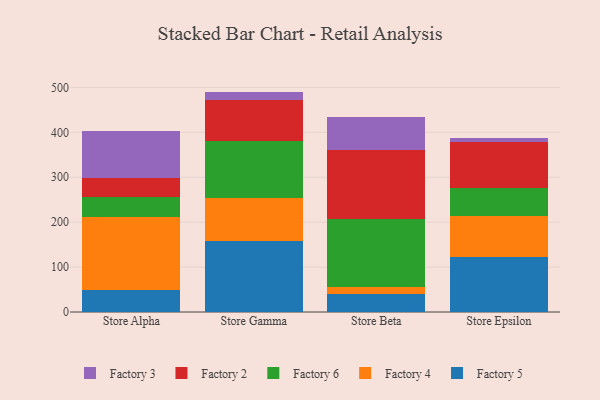
{"axis": {"x": "Store", "y": "Revenue (USD Million)"}, "legend": ["Factory 2", "Factory 3", "Factory 4", "Factory 5", "Factory 6"], "data": [{"x": "Store Alpha", "y": 48.0, "type": "Factory 5"}, {"x": "Store Alpha", "y": 163.0, "type": "Factory 4"}, {"x": "Store Alpha", "y": 45.5, "type": "Factory 6"}, {"x": "Store Alpha", "y": 41.6, "type": "Factory 2"}, {"x": "Store Alpha", "y": 105.8, "type": "Factory 3"}, {"x": "Store Gamma", "y": 158.9, "type": "Factory 5"}, {"x": "Store Gamma", "y": 94.6, "type": "Factory 4"}, {"x": "Store Gamma", "y": 128.3, "type": "Factory 6"}, {"x": "Store Gamma", "y": 90.4, "type": "Factory 2"}, {"x": "Store Gamma", "y": 18.6, "type": "Factory 3"}, {"x": "Store Beta", "y": 39.3, "type": "Factory 5"}, {"x": "Store Beta", "y": 16.6, "type": "Factory 4"}, {"x": "Store Beta", "y": 152.3, "type": "Factory 6"}, {"x": "Store Beta", "y": 152.1, "type": "Factory 2"}, {"x": "Store Beta", "y": 73.0, "type": "Factory 3"}, {"x": "Store Epsilon", "y": 122.4, "type": "Factory 5"}, {"x": "Store Epsilon", "y": 91.1, "type": "Factory 4"}, {"x": "Store Epsilon", "y": 62.3, "type": "Factory 6"}, {"x": "Store Epsilon", "y": 102.6, "type": "Factory 2"}, {"x": "Store Epsilon", "y": 9.1, "type": "Factory 3"}]}